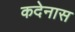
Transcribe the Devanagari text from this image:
कदेनास